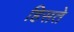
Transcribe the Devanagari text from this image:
हिसते